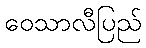
ဝေသာလီပြည်